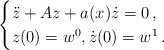
\begin{align*}\begin{cases}\ddot z + A z + a(x) \dot z =0 \,, \\z(0)=w^0, \dot z(0)=w^1 \,. \end{cases}\end{align*}